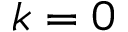
k = 0